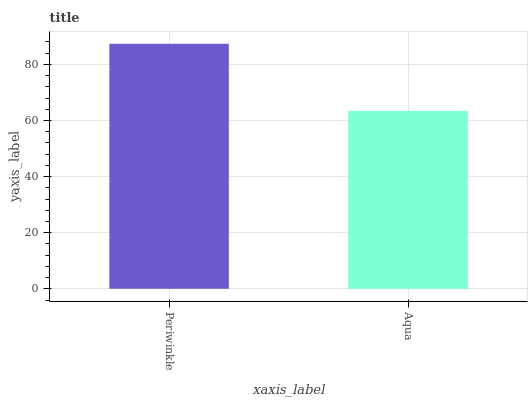
| xaxis_label | bars |
 | --- | --- |
 | Periwinkle | 87.4 |
 | Aqua | 63.4 |